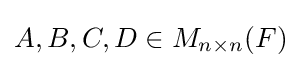
A,B,C,D\in M_{n\times n}(F)